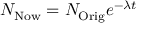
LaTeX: N _ { \mathrm { N o w } } = N _ { \mathrm { O r i g } } e ^ { - \lambda t }